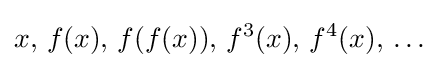
x,\,f(x),\,f(f(x)),\,f^{3}(x),\,f^{4}(x),\,\ldots